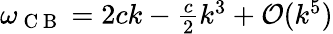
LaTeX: \begin{array}{r}{\omega_{\mathrm{~C~B~}}=2ck-\frac{c}{2}k^{3}+\mathcal{O}(k^{5})}\end{array}